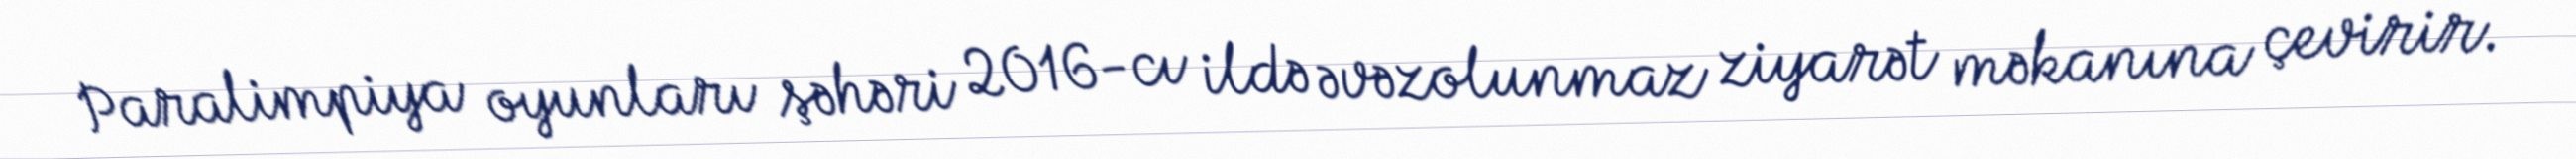
Paralimpiya oyunları şəhəri 2016-cı ildə əvəzolunmaz ziyarət məkanına çevirir.